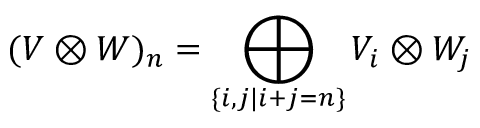
( V \otimes W ) _ { n } = \bigoplus _ { \{ i , j | i + j = n \} } V _ { i } \otimes W _ { j }